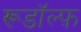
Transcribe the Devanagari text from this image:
रूडॉल्फ़